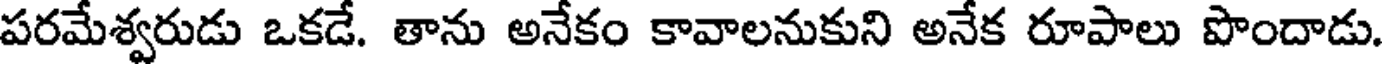
పరమేశ్వరుడు ఒకడే. తాను అనేకం కావాలనుకుని అనేక రూపాలు పొందాడు.